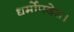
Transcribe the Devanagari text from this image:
धर्मोपदेश।